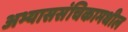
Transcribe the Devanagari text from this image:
अभ्याससंचिकामधील